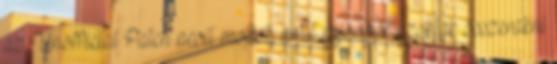
az Unofficial Patch nevű modot, amit rajongók szoktak összerakni